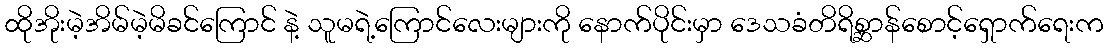
ထိုအိုးမဲ့အိမ်မဲ့မိခင်ကြောင် နဲ့ သူမရဲ့ကြောင်လေးများကို နောက်ပိုင်းမှာ ဒေသခံတိရိစ္ဆာန်စောင့်ရှောက်ရေးက